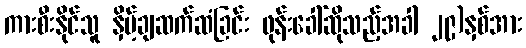
ကားစီးနိုင်သူ နှိမ့်ချဆက်ဆံခြင်း ဖုန်းခေါ်ဆိုသည့်အခါ ၂၉)နှစ်အား